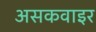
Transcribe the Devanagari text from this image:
असकवाइर